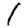
Digit: 1